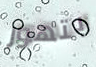
بتهور